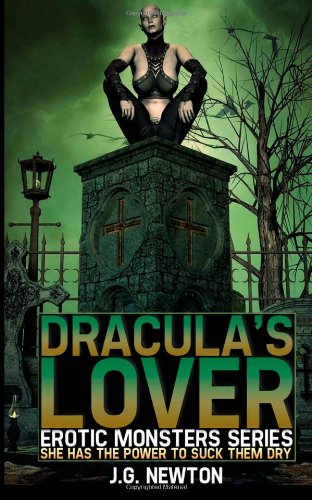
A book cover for Dracula's Lover (Erotic Monsters Series) (Volume 2); J.G. Newton; Romance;